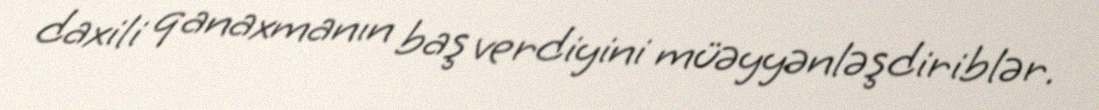
daxili qanaxmanın baş verdiyini müəyyənləşdiriblər.